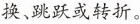
换、跳跃或转折。